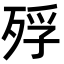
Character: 殍